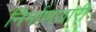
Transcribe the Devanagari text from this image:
निर्माणजारी